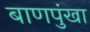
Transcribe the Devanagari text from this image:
बाणपुंखा